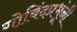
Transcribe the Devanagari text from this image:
गोविंदप्रभूंनी